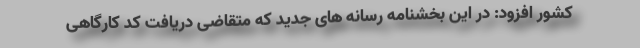
کشور افزود: در این بخشنامه رسانه های جدید که متقاضی دریافت کد کارگاهی